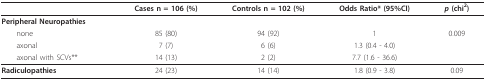
<table><thead><tr><td></td><td><b>Cases n = 106 (%)</b></td><td><b>Controls n = 102 (%)</b></td><td><b>Odds Ratio* (95%CI)</b></td><td><b><i>p </i>(chi<sup>2</sup>)</b></td></tr></thead><tbody><tr><td><b>Peripheral Neuropathies</b></td><td></td><td></td><td></td><td></td></tr><tr><td> none</td><td>85 (80)</td><td>94 (92)</td><td>1</td><td>0.009</td></tr><tr><td> axonal</td><td>7 (7)</td><td>6 (6)</td><td>1.3 (0.4 - 4.0)</td><td></td></tr><tr><td> axonal with SCVs**</td><td>14 (13)</td><td>2 (2)</td><td>7.7 (1.6 - 36.6)</td><td></td></tr><tr><td><b>Radiculopathies</b></td><td>24 (23)</td><td>14 (14)</td><td>1.8 (0.9 - 3.8)</td><td>0.09</td></tr></tbody></table>